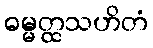
ဓမ္မတ္ထသဟိတံ